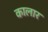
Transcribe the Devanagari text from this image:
कालार